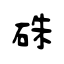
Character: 硃